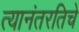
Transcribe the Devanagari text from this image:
त्यानंतरतिचे